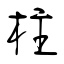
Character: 柱